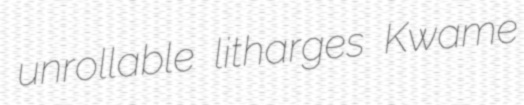
unrollable litharges Kwame